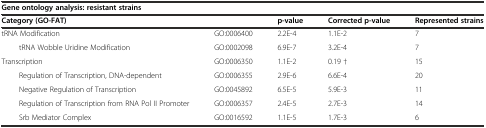
| <COLSPAN=5> Gene ontology analysis: resistant strains |
 | <COLSPAN=2> Category (GO-FAT) | p-value | Correctedp-value | Represented strains |
 | --- | --- | --- | --- | --- |
 | tRNA Modification | GO:0006400 | 2.2E-4 | 1.1E-2 | 7 |
 | tRNA Wobble Uridine Modification | GO:0002098 | 6.9E-7 | 3.2E-4 | 7 |
 | Transcription | GO:0006350 | 1.1E-2 | 0.19 † | 15 |
 | Regulation of Transcription, DNA-dependent | GO:0006355 | 2.9E-6 | 6.6E-4 | 20 |
 | Negative Regulation of Transcription | GO:0045892 | 6.5E-5 | 5.9E-3 | 11 |
 | Regulation of Transcription from RNA Pol II Promoter | GO:0006357 | 2.4E-5 | 2.7E-3 | 14 |
 | Srb Mediator Complex | GO:0016592 | 1.1E-5 | 1.7E-3 | 6 |